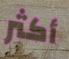
أكثر